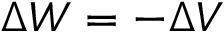
\Delta W = - \Delta V